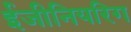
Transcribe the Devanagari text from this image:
ईजीनियरिग